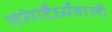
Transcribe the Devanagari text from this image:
तरंगदैर्ध्यवाली